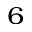
_ 6